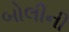
બોલીની